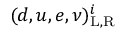
( d , u , e , \nu ) _ { \mathrm { L , R } } ^ { i }